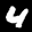
Label: 4